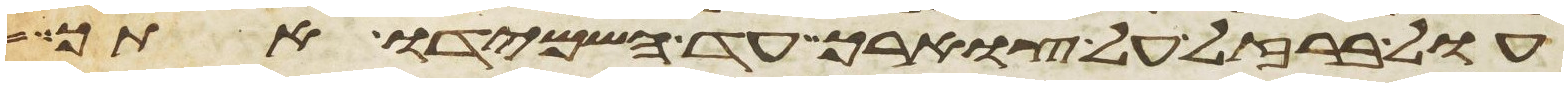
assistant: עול ברזל על צוארך עד השמידו אתך